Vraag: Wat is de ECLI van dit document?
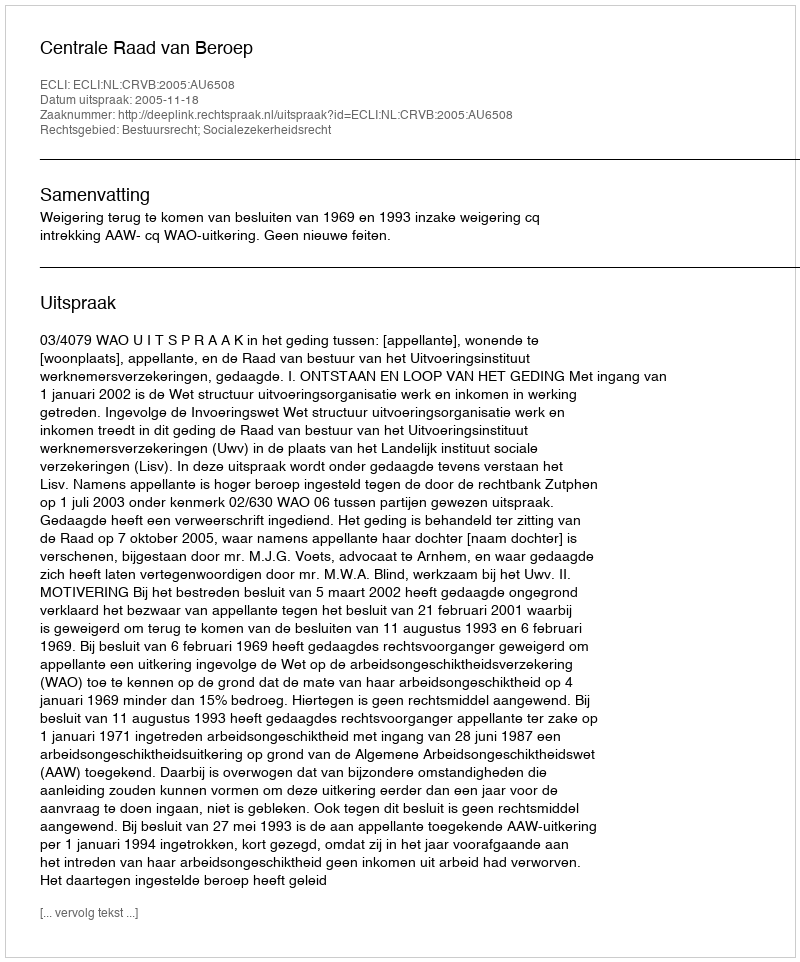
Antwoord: ECLI:NL:CRVB:2005:AU6508